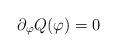
LaTeX: \begin{align*}\partial_\varphi Q(\varphi) = 0 \end{align*}